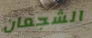
الشجعان